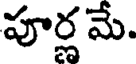
పూర్ణ మే.